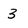
Character: 3